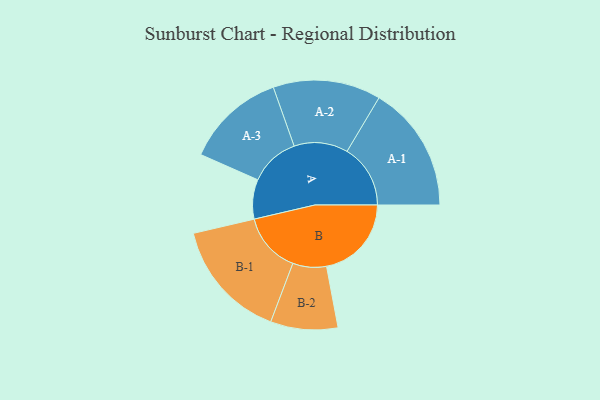
{"axis": {"x": "Segment", "y": "Value"}, "legend": ["", "A", "B"], "data": [{"x": "A", "y": 121, "type": ""}, {"x": "B", "y": 260, "type": ""}, {"x": "A-1", "y": 194, "type": "A"}, {"x": "A-2", "y": 165, "type": "A"}, {"x": "A-3", "y": 153, "type": "A"}, {"x": "B-1", "y": 184, "type": "B"}, {"x": "B-2", "y": 103, "type": "B"}]}